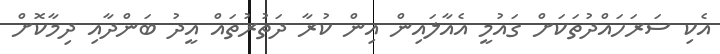
އެކި ސަރަހައްދުތަކަށް ގައުމީ އެއާލައިން އިން ކުރާ ދަތުރުތައް އީދު ބަންދާއި ދިމާކޮށް